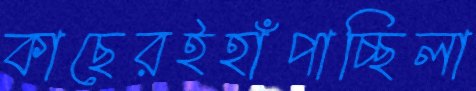
কাছেরইহাঁপাচ্ছিলা